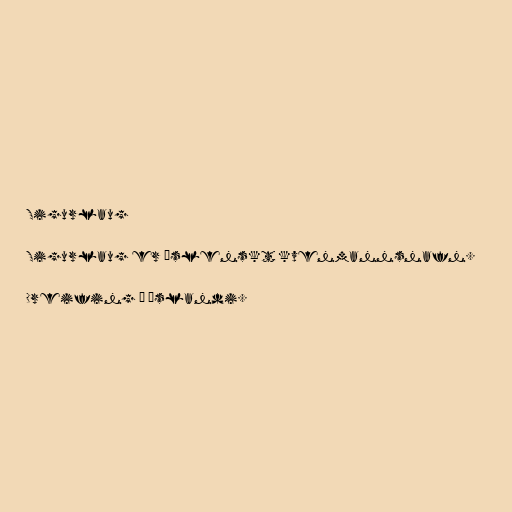
Sigurlaug

Sigurlaug er íslenskt kvenmannsnafn.

Dreifing á Íslandi.